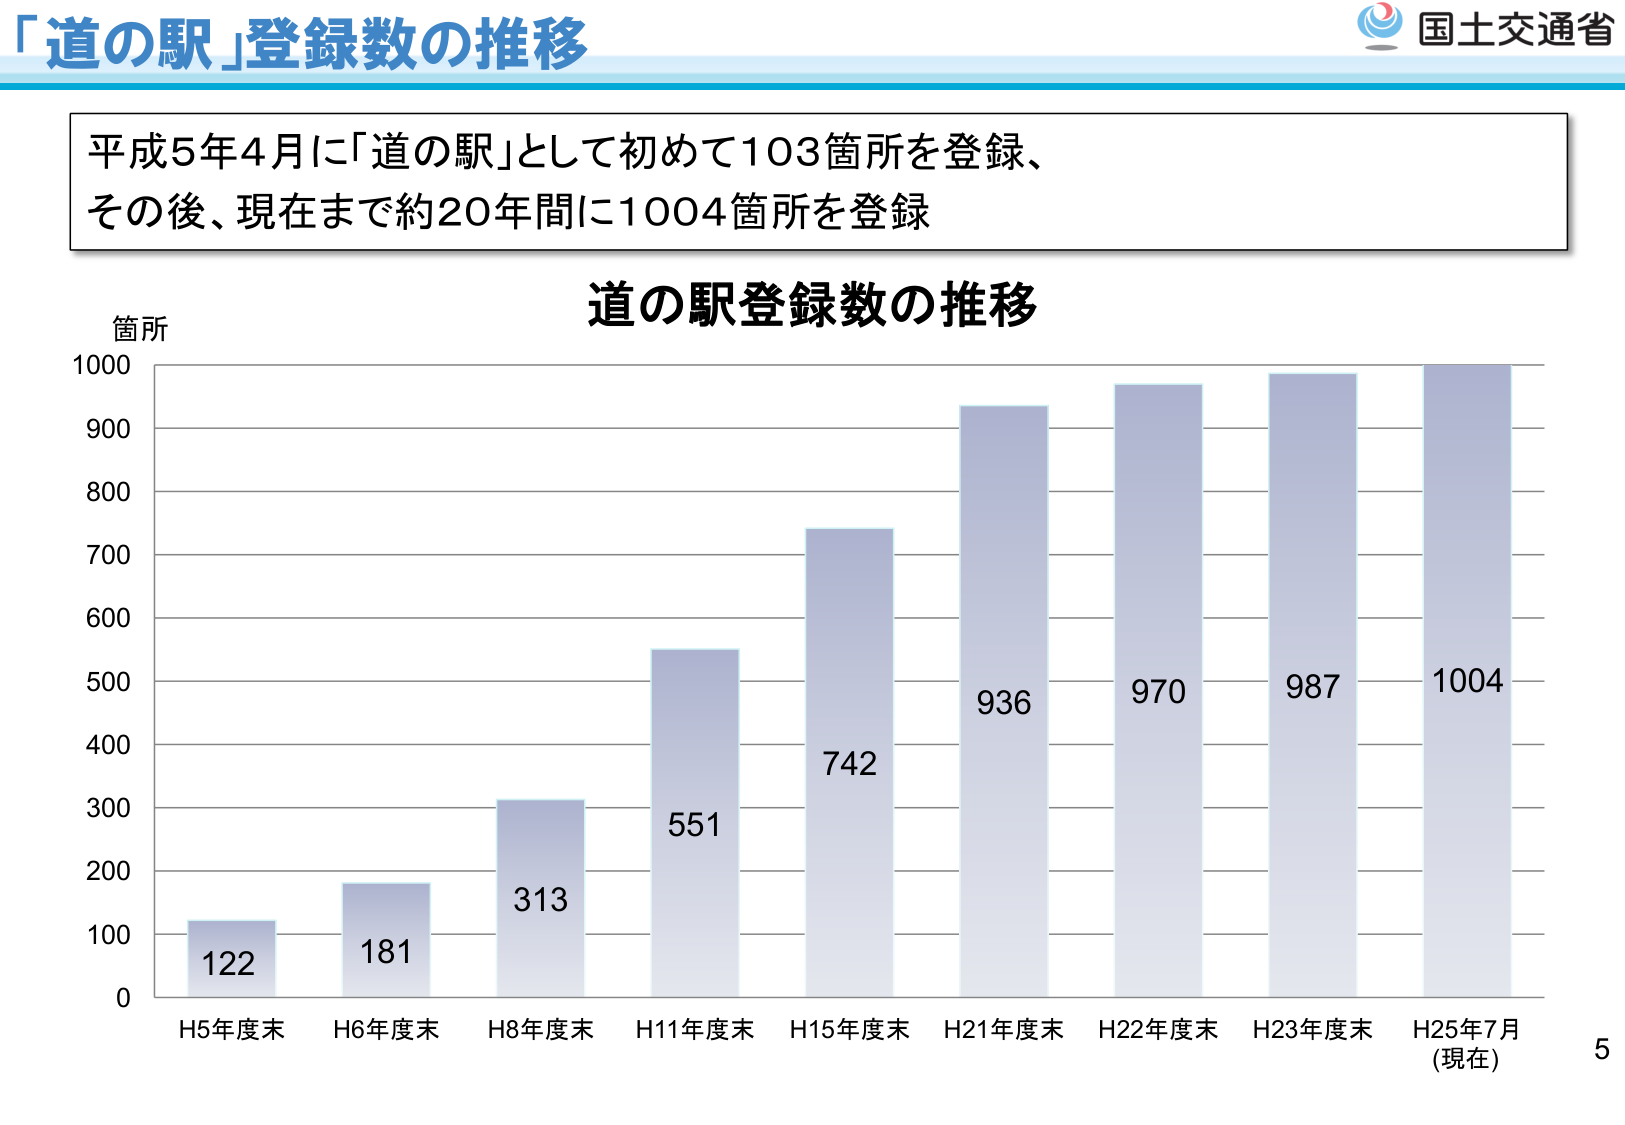
「道の駅」登録数の推移

国土交通省

平成5年4月に「道の駅」として初めて103箇所を登録、
その後、現在まで約20年間に1004箇所を登録

道の駅登録数の推移

箇所
1000
900
800
700
600
500
400
300
200
100
0

122
181
313
551
742
936
970
987
1004

H5年度末
H6年度末
H8年度末
H11年度末
H15年度末
H21年度末
H22年度末
H23年度末
H25年7月
(現在)

5